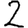
Digit: 2